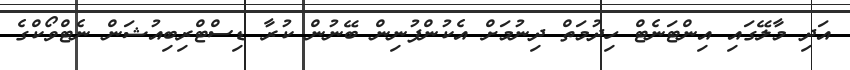
އަދި މާލޭގައި އިންޓަނެޓް ހިދުމަތް ދިނުމަށް އެކުންފުނިން ބޭނުން ކުރާ ޑިސްޓްރިބިއުޝަން ނެޓްވޯކްގެ